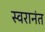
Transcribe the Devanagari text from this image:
स्वरानंत